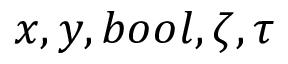
x , y , b o o l , \zeta , \tau